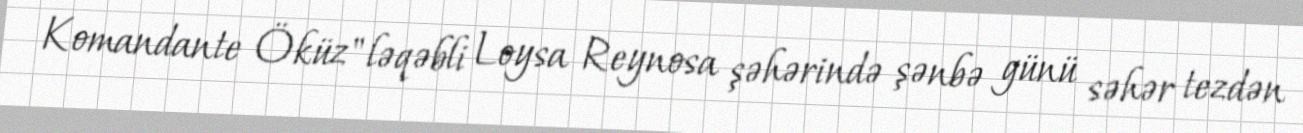
Komandante Öküz" ləqəbli Loysa Reynosa şəhərində şənbə günü səhər tezdən